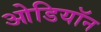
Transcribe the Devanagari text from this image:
ओडियॉन